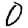
Digit: 0